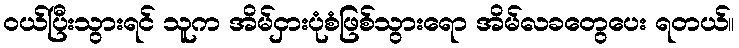
ဝယ်ပြီးသွားရင် သူက အိမ်ငှားပုံစံဖြစ်သွားရော အိမ်လခတွေပေး ရတယ်။